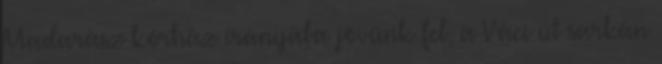
Madarász kórház irányába jövünk fel, a Váci út sarkán